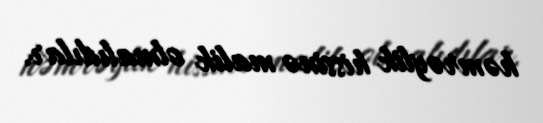
həmrəylik hissinə malik olmalıdılar.